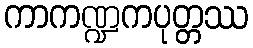
ကာကဏ္ဍကပုတ္တဿ